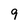
Character: 9